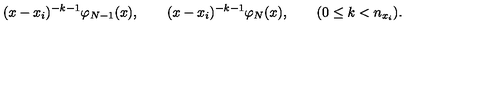
( x - x _ { i } ) ^ { - k - 1 } \varphi _ { N - 1 } ( x ) , \qquad ( x - x _ { i } ) ^ { - k - 1 } \varphi _ { N } ( x ) , \qquad ( 0 \le k < n _ { x _ { i } } ) .